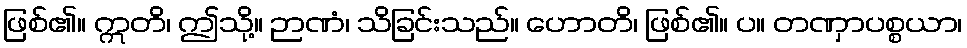
ဖြစ်၏။ ဣတိ၊ ဤသို့။ ဉာဏံ၊ သိခြင်းသည်။ ဟောတိ၊ ဖြစ်၏။ ပ။ တဏှာပစ္စယာ၊